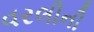
વરલીની